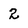
Character: 2